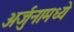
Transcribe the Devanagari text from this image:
अर्जुनामध्ये